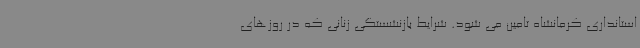
استانداری کرمانشاه تامین می شود. شرایط بازنشستگی زنانی که در روزهای